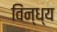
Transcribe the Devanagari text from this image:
विंन्ध्य